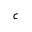
c